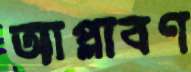
আপ্লাবণ